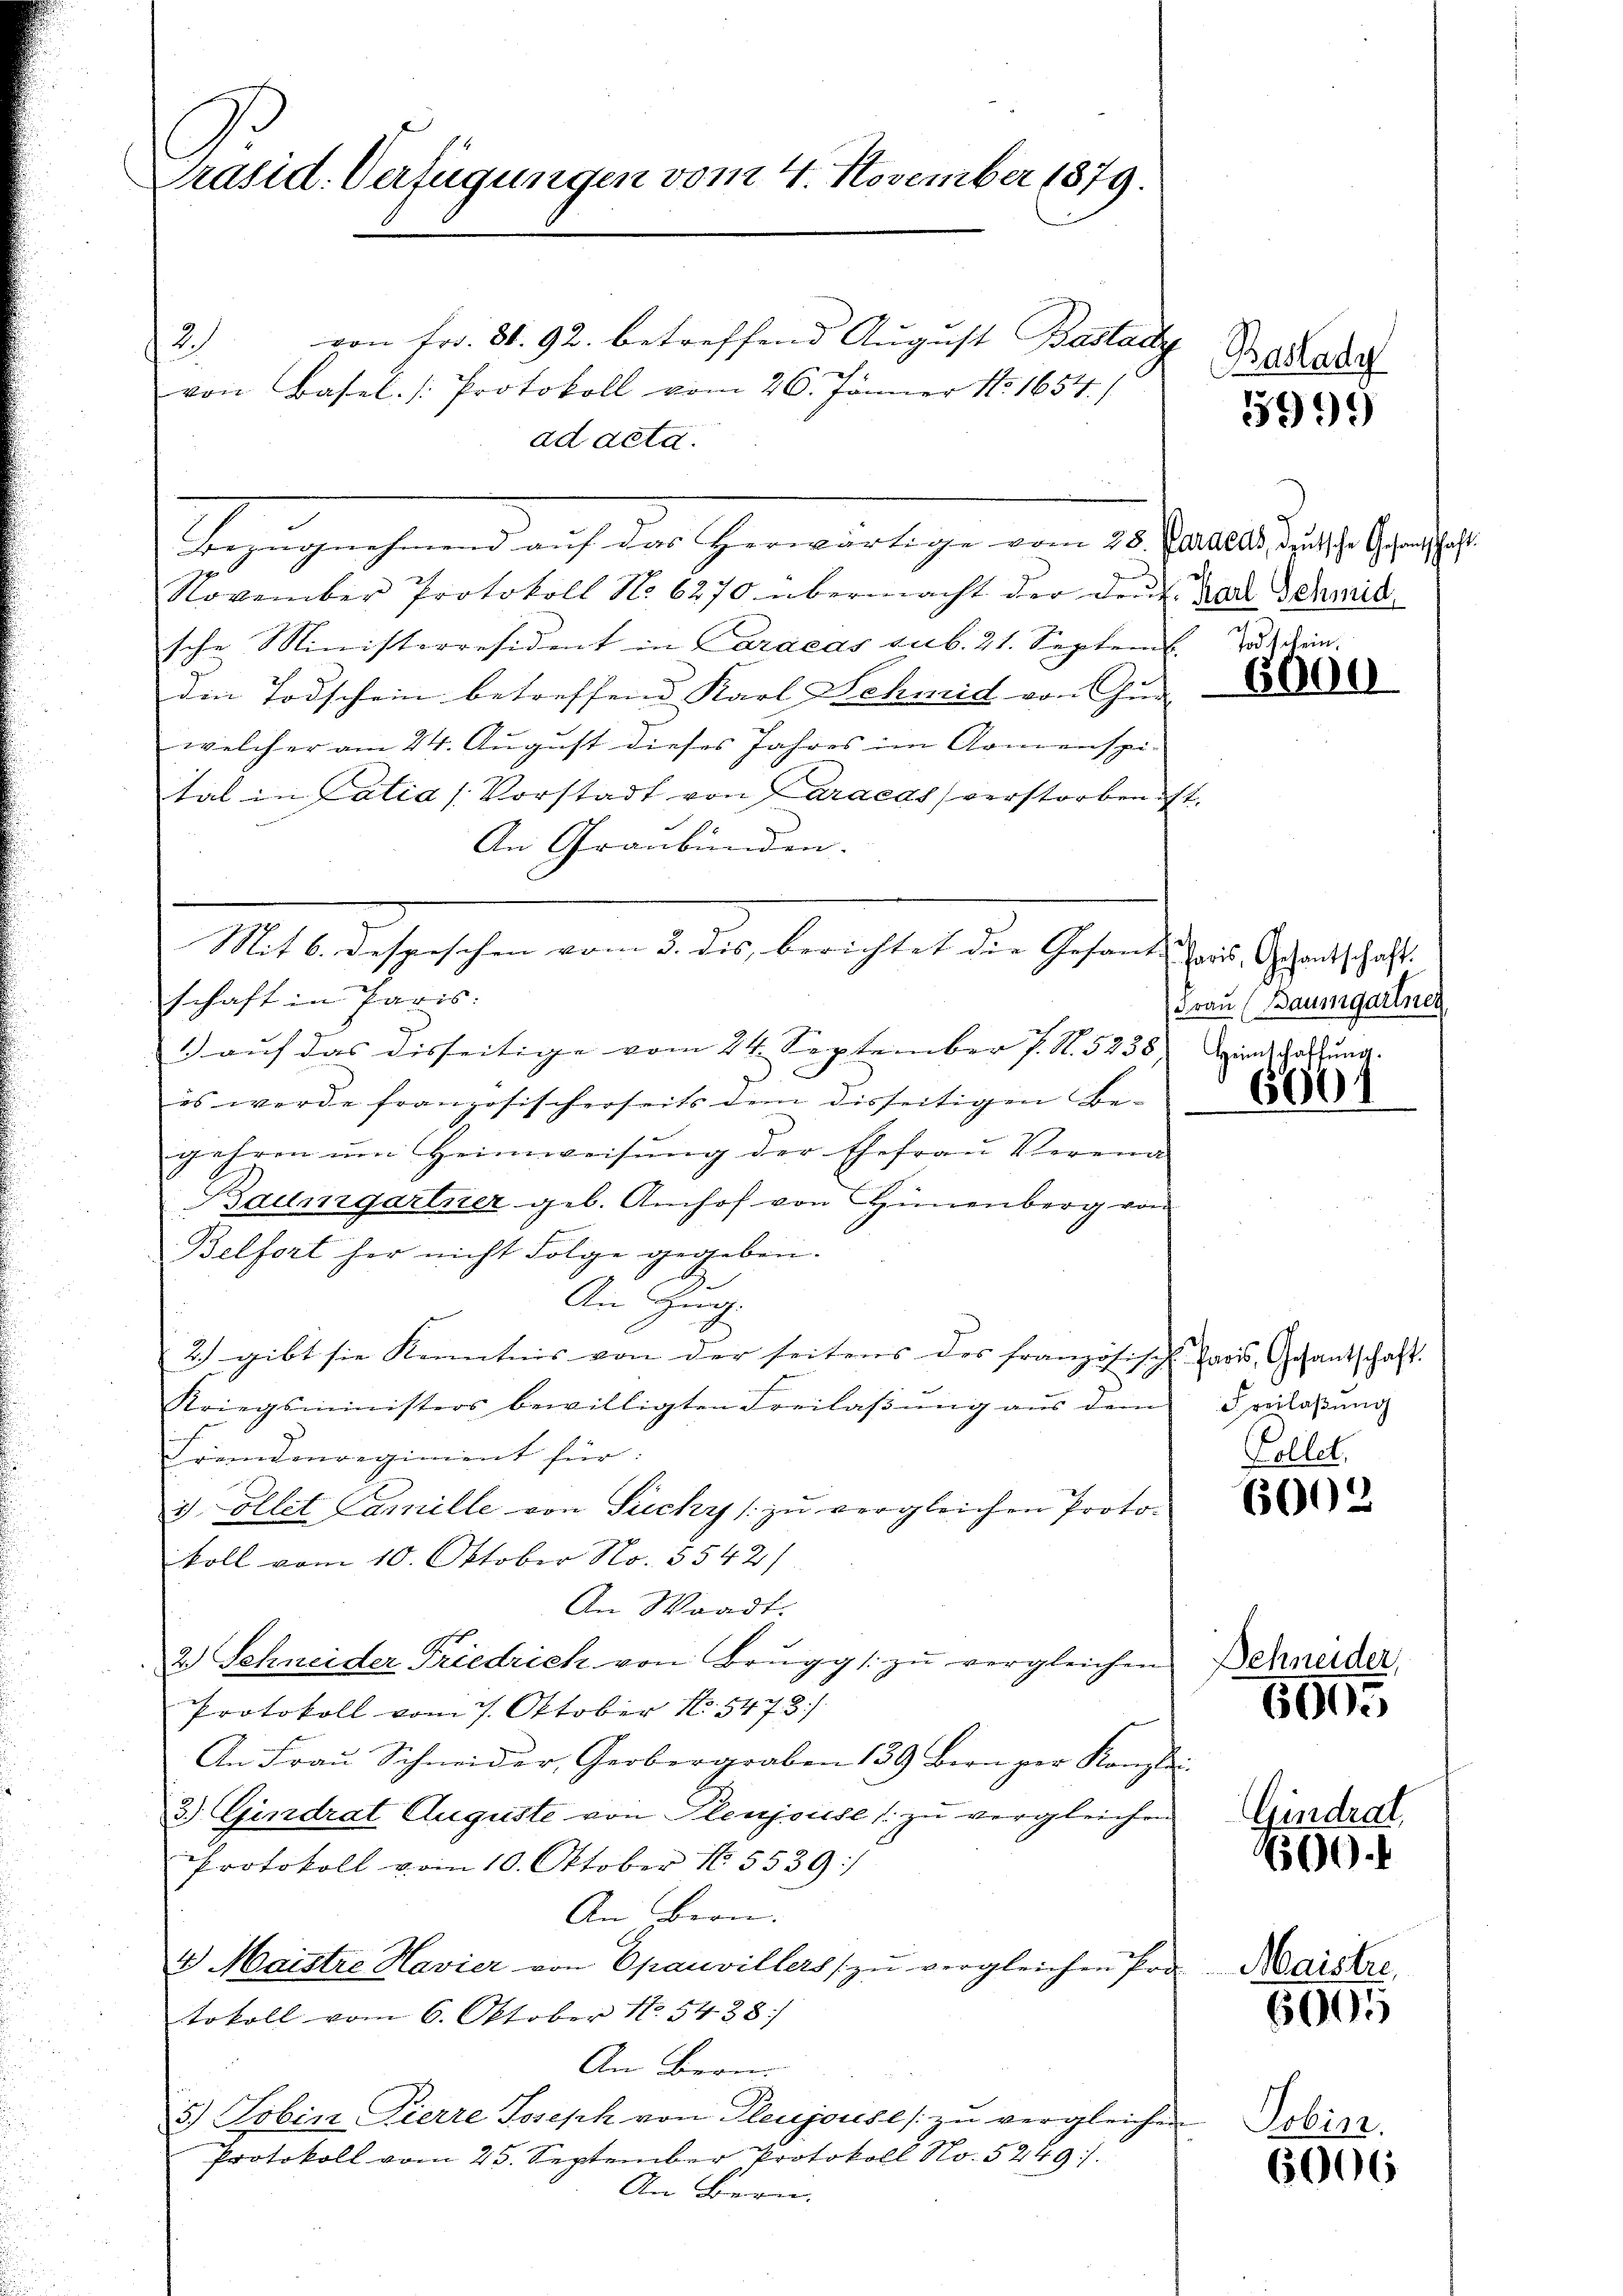
Präsid. Verfügungen vom 4. November 1879.

von Fr. 30. 92. betreffend August Bastady
2
von Basel. Protokoll vom 26. Jänner No 1654.)
ad acta.
November Protokoll No 6270 übermacht der Deut. Der Schmid
sche Ministerresident in Caracas sub. 21. Septemb.
die Todschein betreffend Karl Schmid von Gu
welcher am 24. August dieses Jahres im Armenspi-
tal in Catia (Vorstadt von Caraeds verstorben ist.
An Graubünden.
Mit 6. Despischen vom 3. dis, berichtet die Gesandt ins Schantschaft. |
schaft in Paris.
1) auf das disseitige vom 24. September s. S. 5238. Die Satzung.
es werde französischerseits dem disseitigen Begehren ŭm Heimweisŭng der Ehefraŭ Verein-
Baumgartner geb. Amhof von Hünenberg von
Belfort her nicht Folge gegeben.
An Hin
2) gibt sie Kenntnis von der seitens des französisch |
Kriegsministers bewilligten Freilaβŭng aŭs dem verlassŭng
Fremdenregiment für:
3). Ellet Famille von Sichy zŭ vergleichen Proto-
koll vom 10. Oktober No. 3542)
An Waadt.
A.
2.) Schneider Friedrich von Brugg s. zŭ vergleichen Bernerden
Protokoll vom 7. Oktober N. 5478)
An Frau Schneider, Gerbergraben 129 Bern per Kanzlei
3.) Eindrat Auguste von Plenjouise zŭ vergleichen
Protokoll vom 10. Oktober 185539:
An Bern.
4 Maistre Havier von Epauvillers zŭ vergleichen Pro
tokoll vom 6. Oktober No 54. 38
An Bern.
5.) Sobin Pierre Joseph von Pleujouise zŭ vergleichen
Protokoll vom 25. September Protokoll No. 5249.
An Bern.

2

Berzeugen sind auf das Gemeinleihe von 10 Jahre 1809. 19.

Baslady

5999

Todschein,

6000

(Frau (Baumgartner

6001

Paris, Gesantschaft.
Kollet.

6002

6005

Gindrat

500.

Maistre,

6005

Pobins.

6006